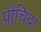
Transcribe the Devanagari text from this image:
प्रोचिदा